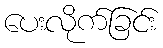
ပေးလိုက်ခြင်း